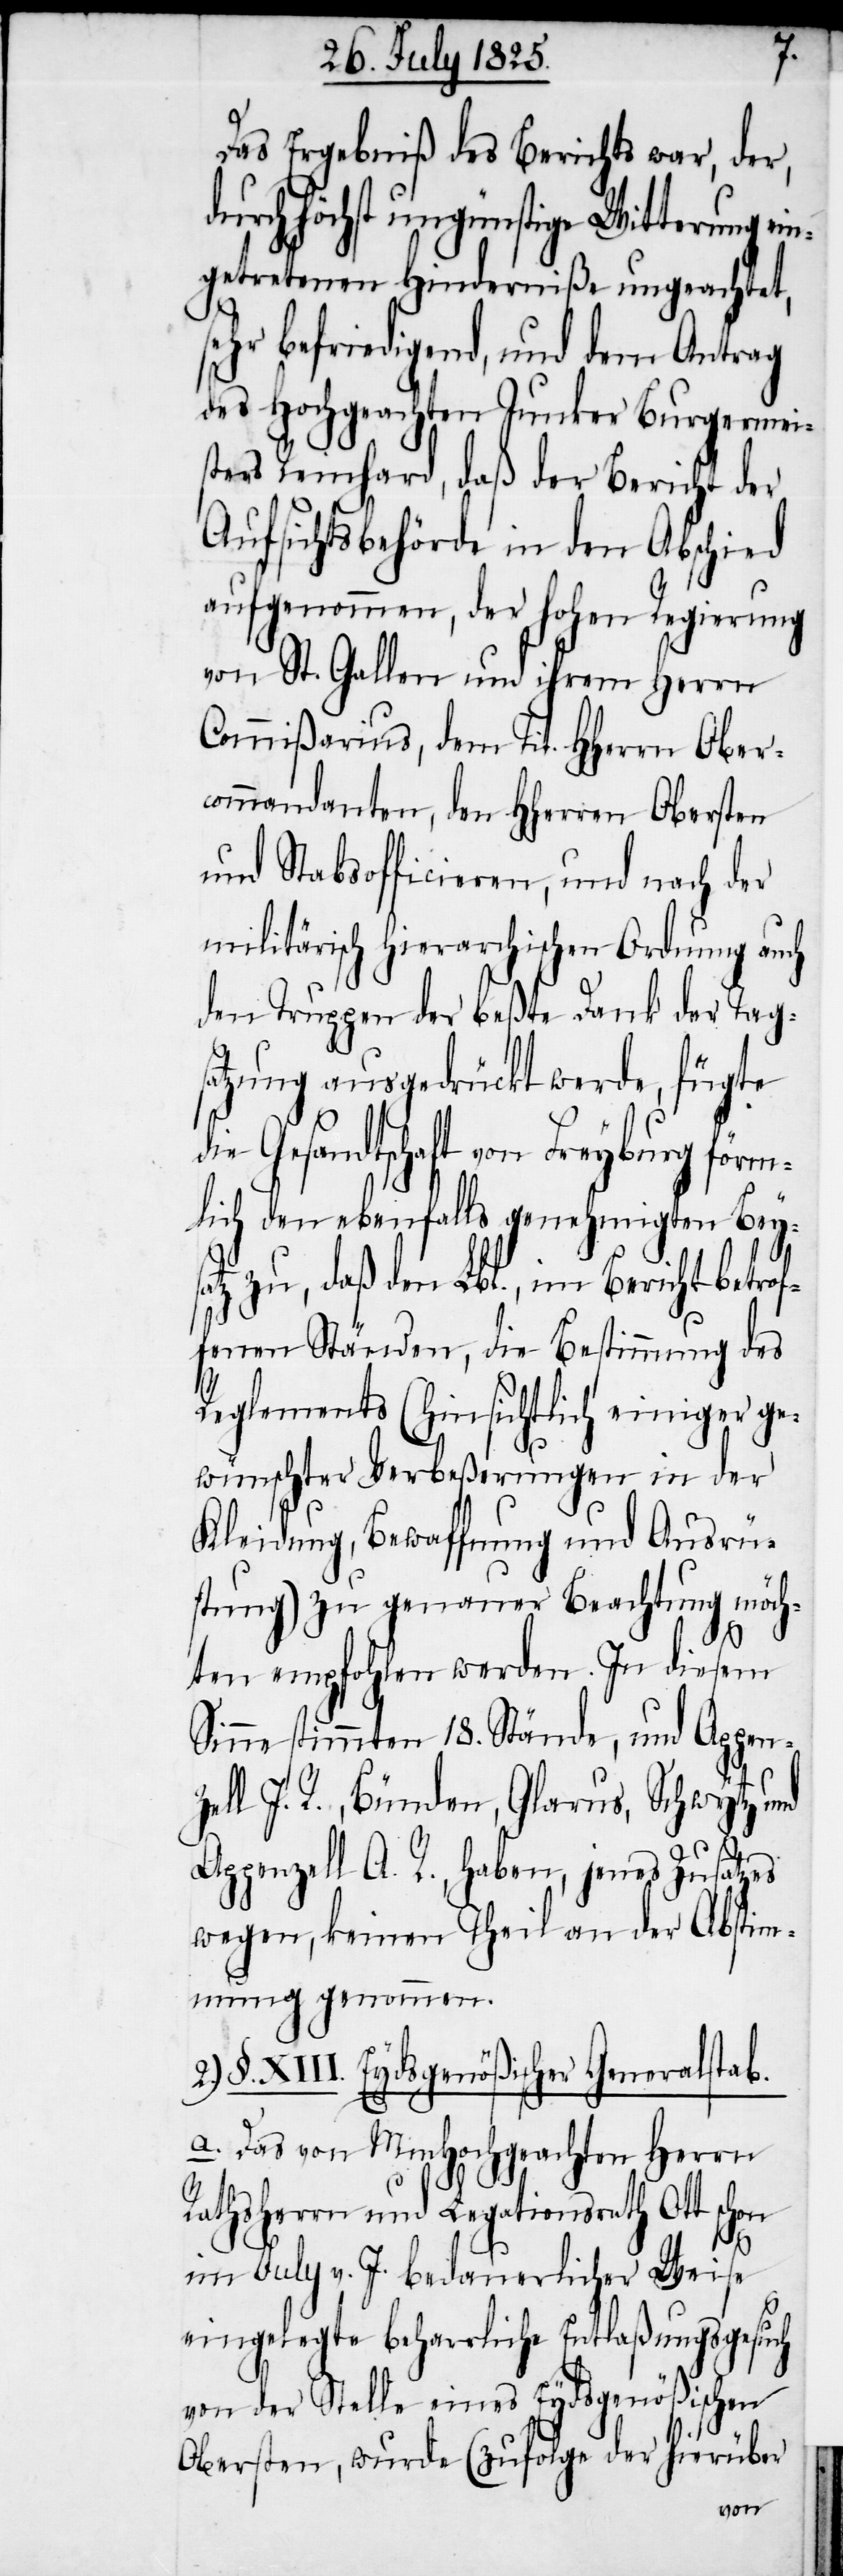
Das Ergebniß des Berichts war, der,
urch höchst ungünstige Witterung
getretenen Hinderniße ungeachtet,
sehr befriedigend, und dem Antrag
des Hochgeachten Junker Burgermei¬
ster Reinhard, daß der Bericht der
Aufsichtsbehörde in den Abschied
aufgenommen, der hohen Regierung
von St. Gallen und ihrem Herrn
Commißarius, dem Tit. HHerrn Oberc¬
ommandanten, den HHerren Obersten
und Stabsofficieren, und nach der
militärisch hierarchischen Ordnung auch
den Truppen der beßte Dank der Tags¬
atzung ausgedrückt werde, fügte
die Gesandtschaft von Freyburg förm¬
lich den ebenfalls genehmigten Bey¬
satz zu, daß den Lbl., im Bericht betrof¬
fenen Ständen, die Bestimmung des
Reglements (hinsichtlich einiger ge¬
wünschter Verbeßerungen in der
Kleidung, Bewaffnung und Ausrü¬
stung) zu genauer Beachtung möch¬
ten empfohlen werden. In diesem
Sinne stimmten 18. Stände, und Appen¬
zell I. R., Bünden, Glarus, Schwytz und
Appenzell A. R., haben, jenes Zusatzes
wegen, keinen Theil an der Abstim¬
mung genommen.
§. XIII. Eydsgenößischer Generalstab.
a. Das von MmHochgeachten Herrn
Rathsherrn und Legationsrath Ott schon
ein¬
im July v. J. bedauerlicher Weise
eingelegte beharrliche Entlaßungsgesuch
von der Stelle eines Eydsgenößischen
Obersten, wurde (zufolge der hierüber